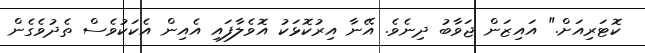
ކޮޓަރިއަށް." އައިޒަން ޖަވާބު ދިނެވެ. އޭނާ އިރުކޮޅަކު އޮވެލާފައި އެއިން އެކަކުވެސް ތެދުވެގެން